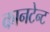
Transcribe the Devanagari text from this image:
कानटेन्‍ट